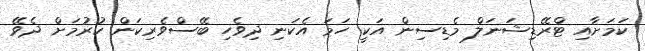
ކަމަށާއި ޓްރޭޑިޝަނަލް މެޑިސިން އަކީ ހަމަ އެކަނި ދިވެހި ބޭސްވެރިކަން ކުރުމަށް ދެވޭ